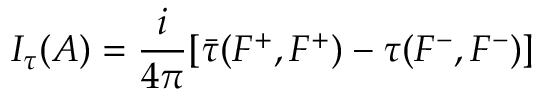
I _ { \tau } ( A ) = \frac { i } { 4 \pi } [ \bar { \tau } ( F ^ { + } , F ^ { + } ) - \tau { } ( F ^ { - } , F ^ { - } ) ]